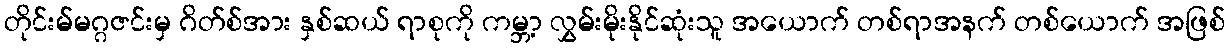
တိုင်းမ်မဂ္ဂဇင်းမှ ဂိတ်စ်အား နှစ်ဆယ် ရာစုကို ကမ္ဘာ့ လွှမ်းမိုးနိုင်ဆုံးသူ အယောက် တစ်ရာအနက် တစ်ယောက် အဖြစ်